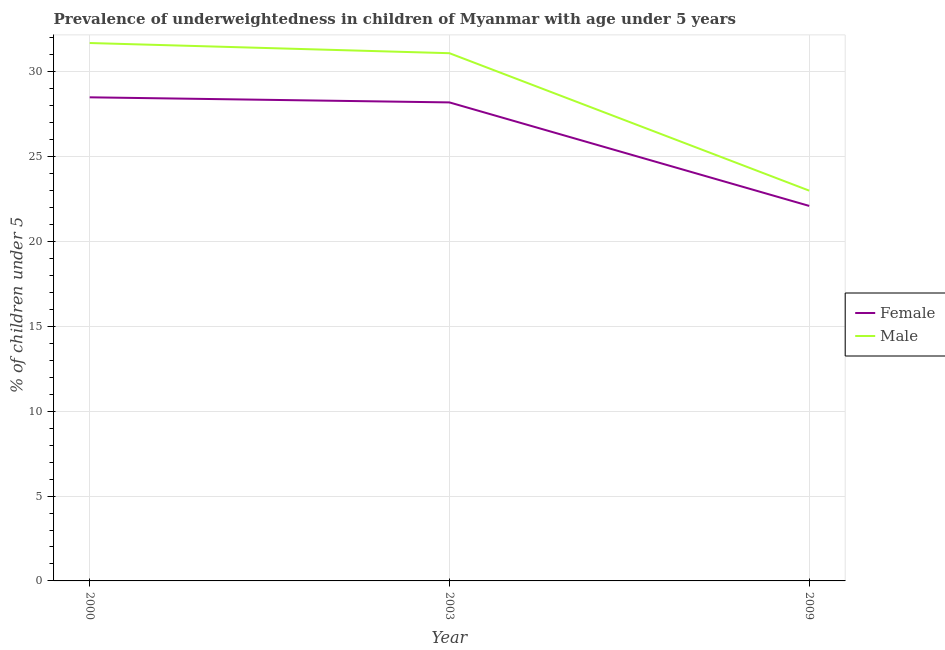
| Year | Female | Male |
 | --- | --- | --- |
 | 2000 | 28.5 | 31.7 |
 | 2003 | 28.2 | 31.1 |
 | 2009 | 22.1 | 23 |